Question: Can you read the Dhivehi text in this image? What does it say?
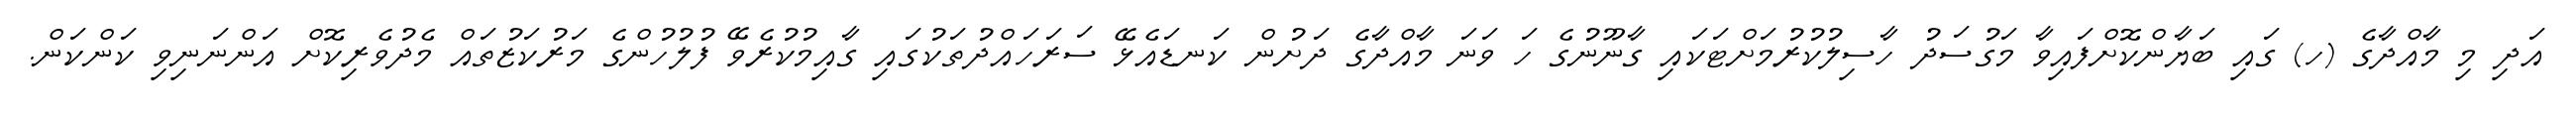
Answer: އަދި މި މާއްދާގެ (ހ) ގައި ބަޔާންކޮށްފައިވާ މަގުސަދު ހާސިލުކުރުމަށްޓަކައި ގާނޫނުގެ ހަ ވަނަ މާއްދާގެ ދަށުން ކަނޑައެޅޭ ސަރަހައްދުތަކުގައި ގާއިމުކުރެވޭ ފުލުހުންގެ މަރުކަޒުތައް މެދުވެރިކޮށް އަންނަނިވި ކަންކަން.